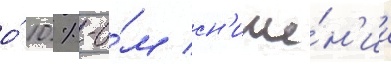
о́ 10 %-о́м сн'иже́н'ии